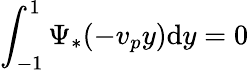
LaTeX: \int_{-1}^{1}\Psi_{*}(-v_{p}y)\mathrm{d}y=0